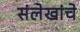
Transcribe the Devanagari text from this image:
संलेखांचे